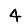
Digit: 4